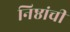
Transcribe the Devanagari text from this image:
निष्ठांची